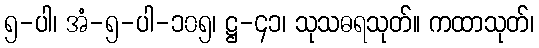
၅-ပါ၊ အံ-၅-ပါ-၁၀၅၊ ဋ္ဌ-၄၁၊ သုသဓရသုတ်။ ကထာသုတ်၊